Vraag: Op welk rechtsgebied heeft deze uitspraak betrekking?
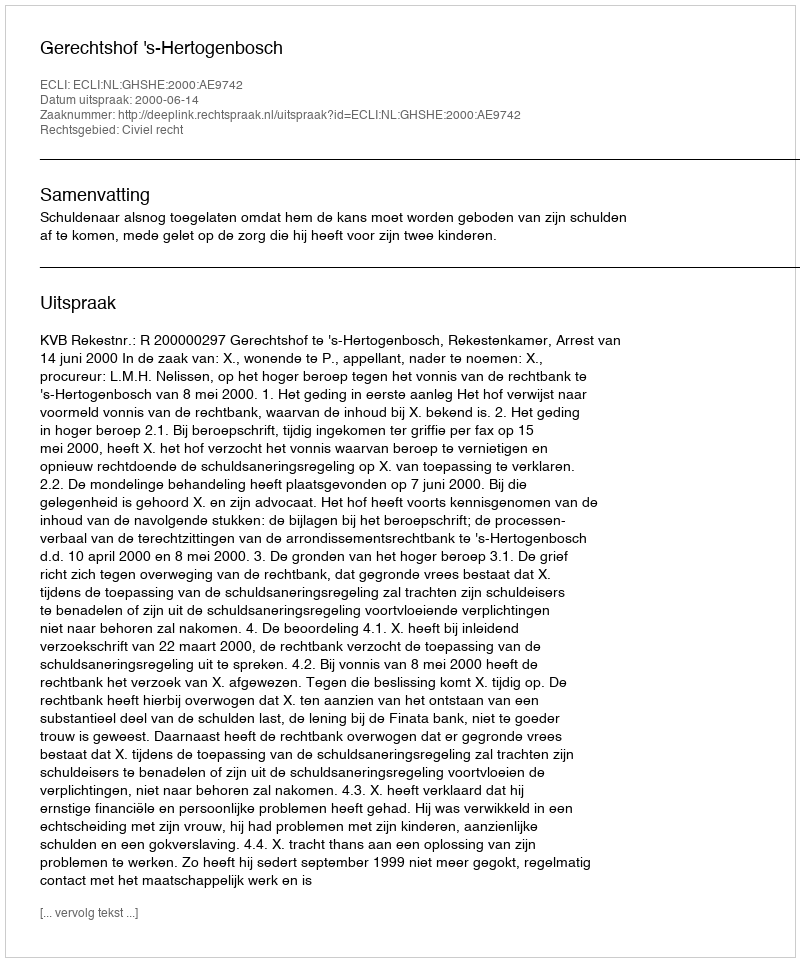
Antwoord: Civiel recht